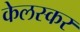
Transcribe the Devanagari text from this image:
केलस्कर